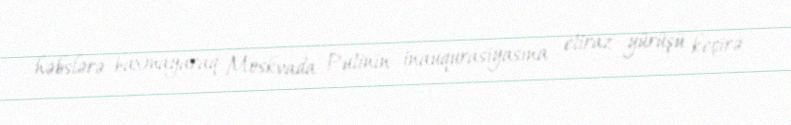
həbslərə baxmayaraq Moskvada Putinin inauqurasiyasına etiraz yürüşü keçirə